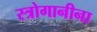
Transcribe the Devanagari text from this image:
स्त्रोगानीना